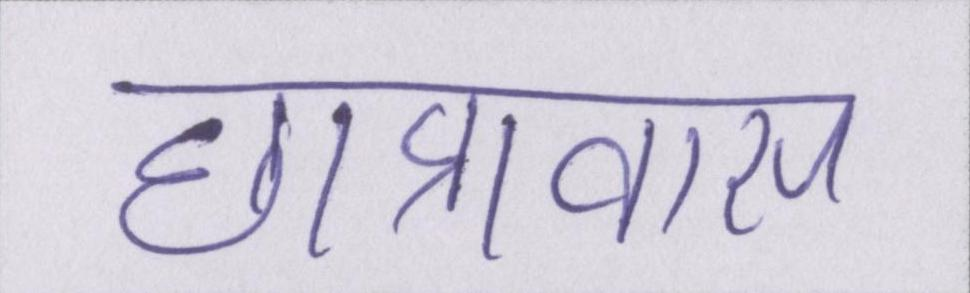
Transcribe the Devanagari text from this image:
छात्रावास